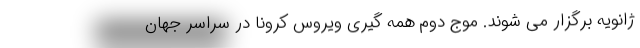
ژانویه برگزار می شوند. موج دوم همه گیری ویروس کرونا در سراسر جهان